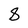
Character: 8